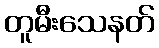
တူမီးသေနတ်